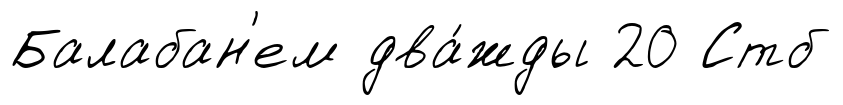
Балабан'ем два́жды 20 Стб